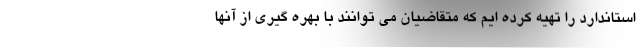
استاندارد را تهیه کرده ایم که متقاضیان می توانند با بهره گیری از آنها